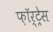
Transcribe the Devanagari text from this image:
फ़ॉर्ट्रेस